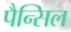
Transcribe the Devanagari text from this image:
पैन्सिल